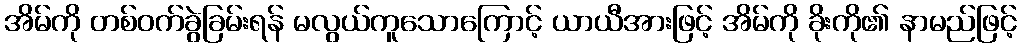
အိမ်ကို တစ်ဝက်ခွဲခြမ်းရန် မလွယ်ကူသောကြောင့် ယာယီအားဖြင့် အိမ်ကို ခိုးကို၏ နာမည်ဖြင့်